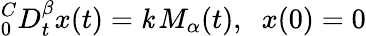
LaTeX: ^C_{0}D_{t}^{\beta}x(t)=\mathit{k}\, M_{\alpha}(t),\; \; x(0)=0